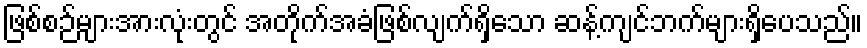
ဖြစ်စဉ်များအားလုံးတွင် အတိုက်အခံဖြစ်လျက်ရှိသော ဆန့်ကျင်ဘက်များရှိပေသည်။